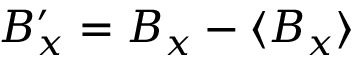
B _ { x } ^ { \prime } = B _ { x } - \langle B _ { x } \rangle